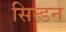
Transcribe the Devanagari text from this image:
सिन्डन